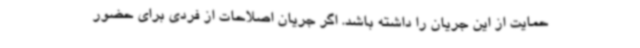
حمایت از این جریان را داشته باشد. اگر جریان اصلاحات از فردی برای حضور